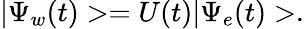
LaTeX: |\Psi_{w}(t)>=U(t)|\Psi_{e}(t)>.